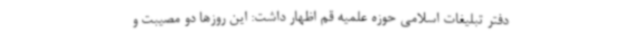
دفتر تبلیغات اسلامی حوزه علمیه قم اظهار داشت: این روزها دو مصیبت و